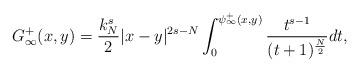
LaTeX: \begin{align*}G_\infty^+(x,y) = \frac{k_N^s}{2} |x-y|^{2s-N} \int_0 ^{\psi_\infty^+(x,y)} \frac{t^{s-1}}{(t+1)^\frac{N}{2}} dt,\end{align*}